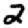
Digit: 2